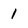
Character: l